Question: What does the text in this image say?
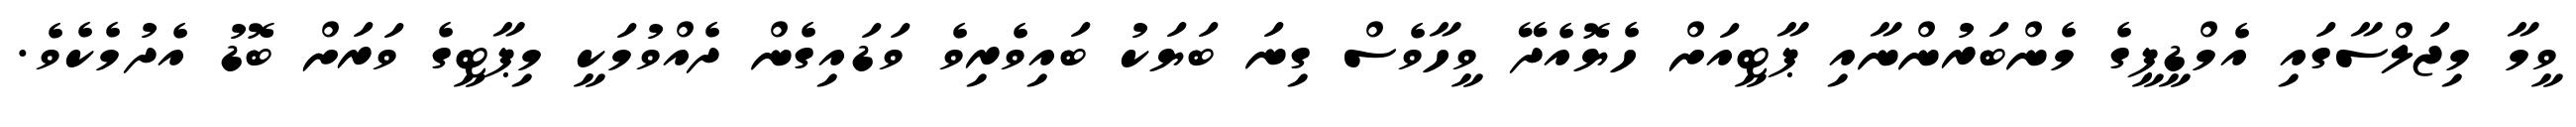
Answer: ވީމާ މިޖަލްސާގައި އެމްޑީޕީގެ މެންބަރުންނާއި ޕާޓީއަށް ހެޔޮއެދޭ ވީހާވެސް ގިނަ ބަޔަކު ބައިވެރިވެ ވަޑައިގެން ދެއްވުމަކީ މިޕާޓީގެ ވަރަށް ބޮޑު އެދުމެކެވެ.